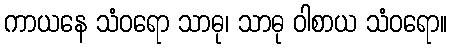
ကာယနေ သံဝရော သာဓု၊ သာဓု ဝါစာယ သံဝရော။